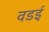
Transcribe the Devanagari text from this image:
वडई